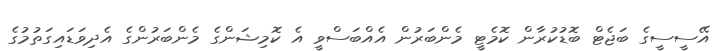
އޭސީސީގެ ބަޖެޓް ބޮޑުކުރާން ކޮމެޓީ މެންބަރުން އެއްބަސްވީ އެ ކޮމިޝަންގެ މެންބަރުންގެ އެދިވަޑައިގަތުމުގެ